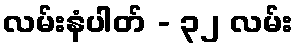
လမ်းနံပါတ် - ၃၂ လမ်း